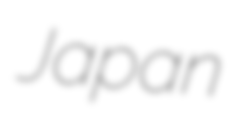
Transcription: Japan